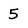
Character: 5